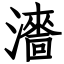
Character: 瀒